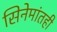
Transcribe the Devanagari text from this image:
सिनेमांतही